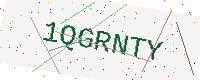
Text: 1QGRNTY